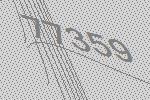
77359